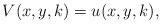
LaTeX: \begin{align*}V(x,y,k)=u(x,y,k), \end{align*}